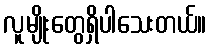
လူမျိုးတွေရှိပါသေးတယ်။